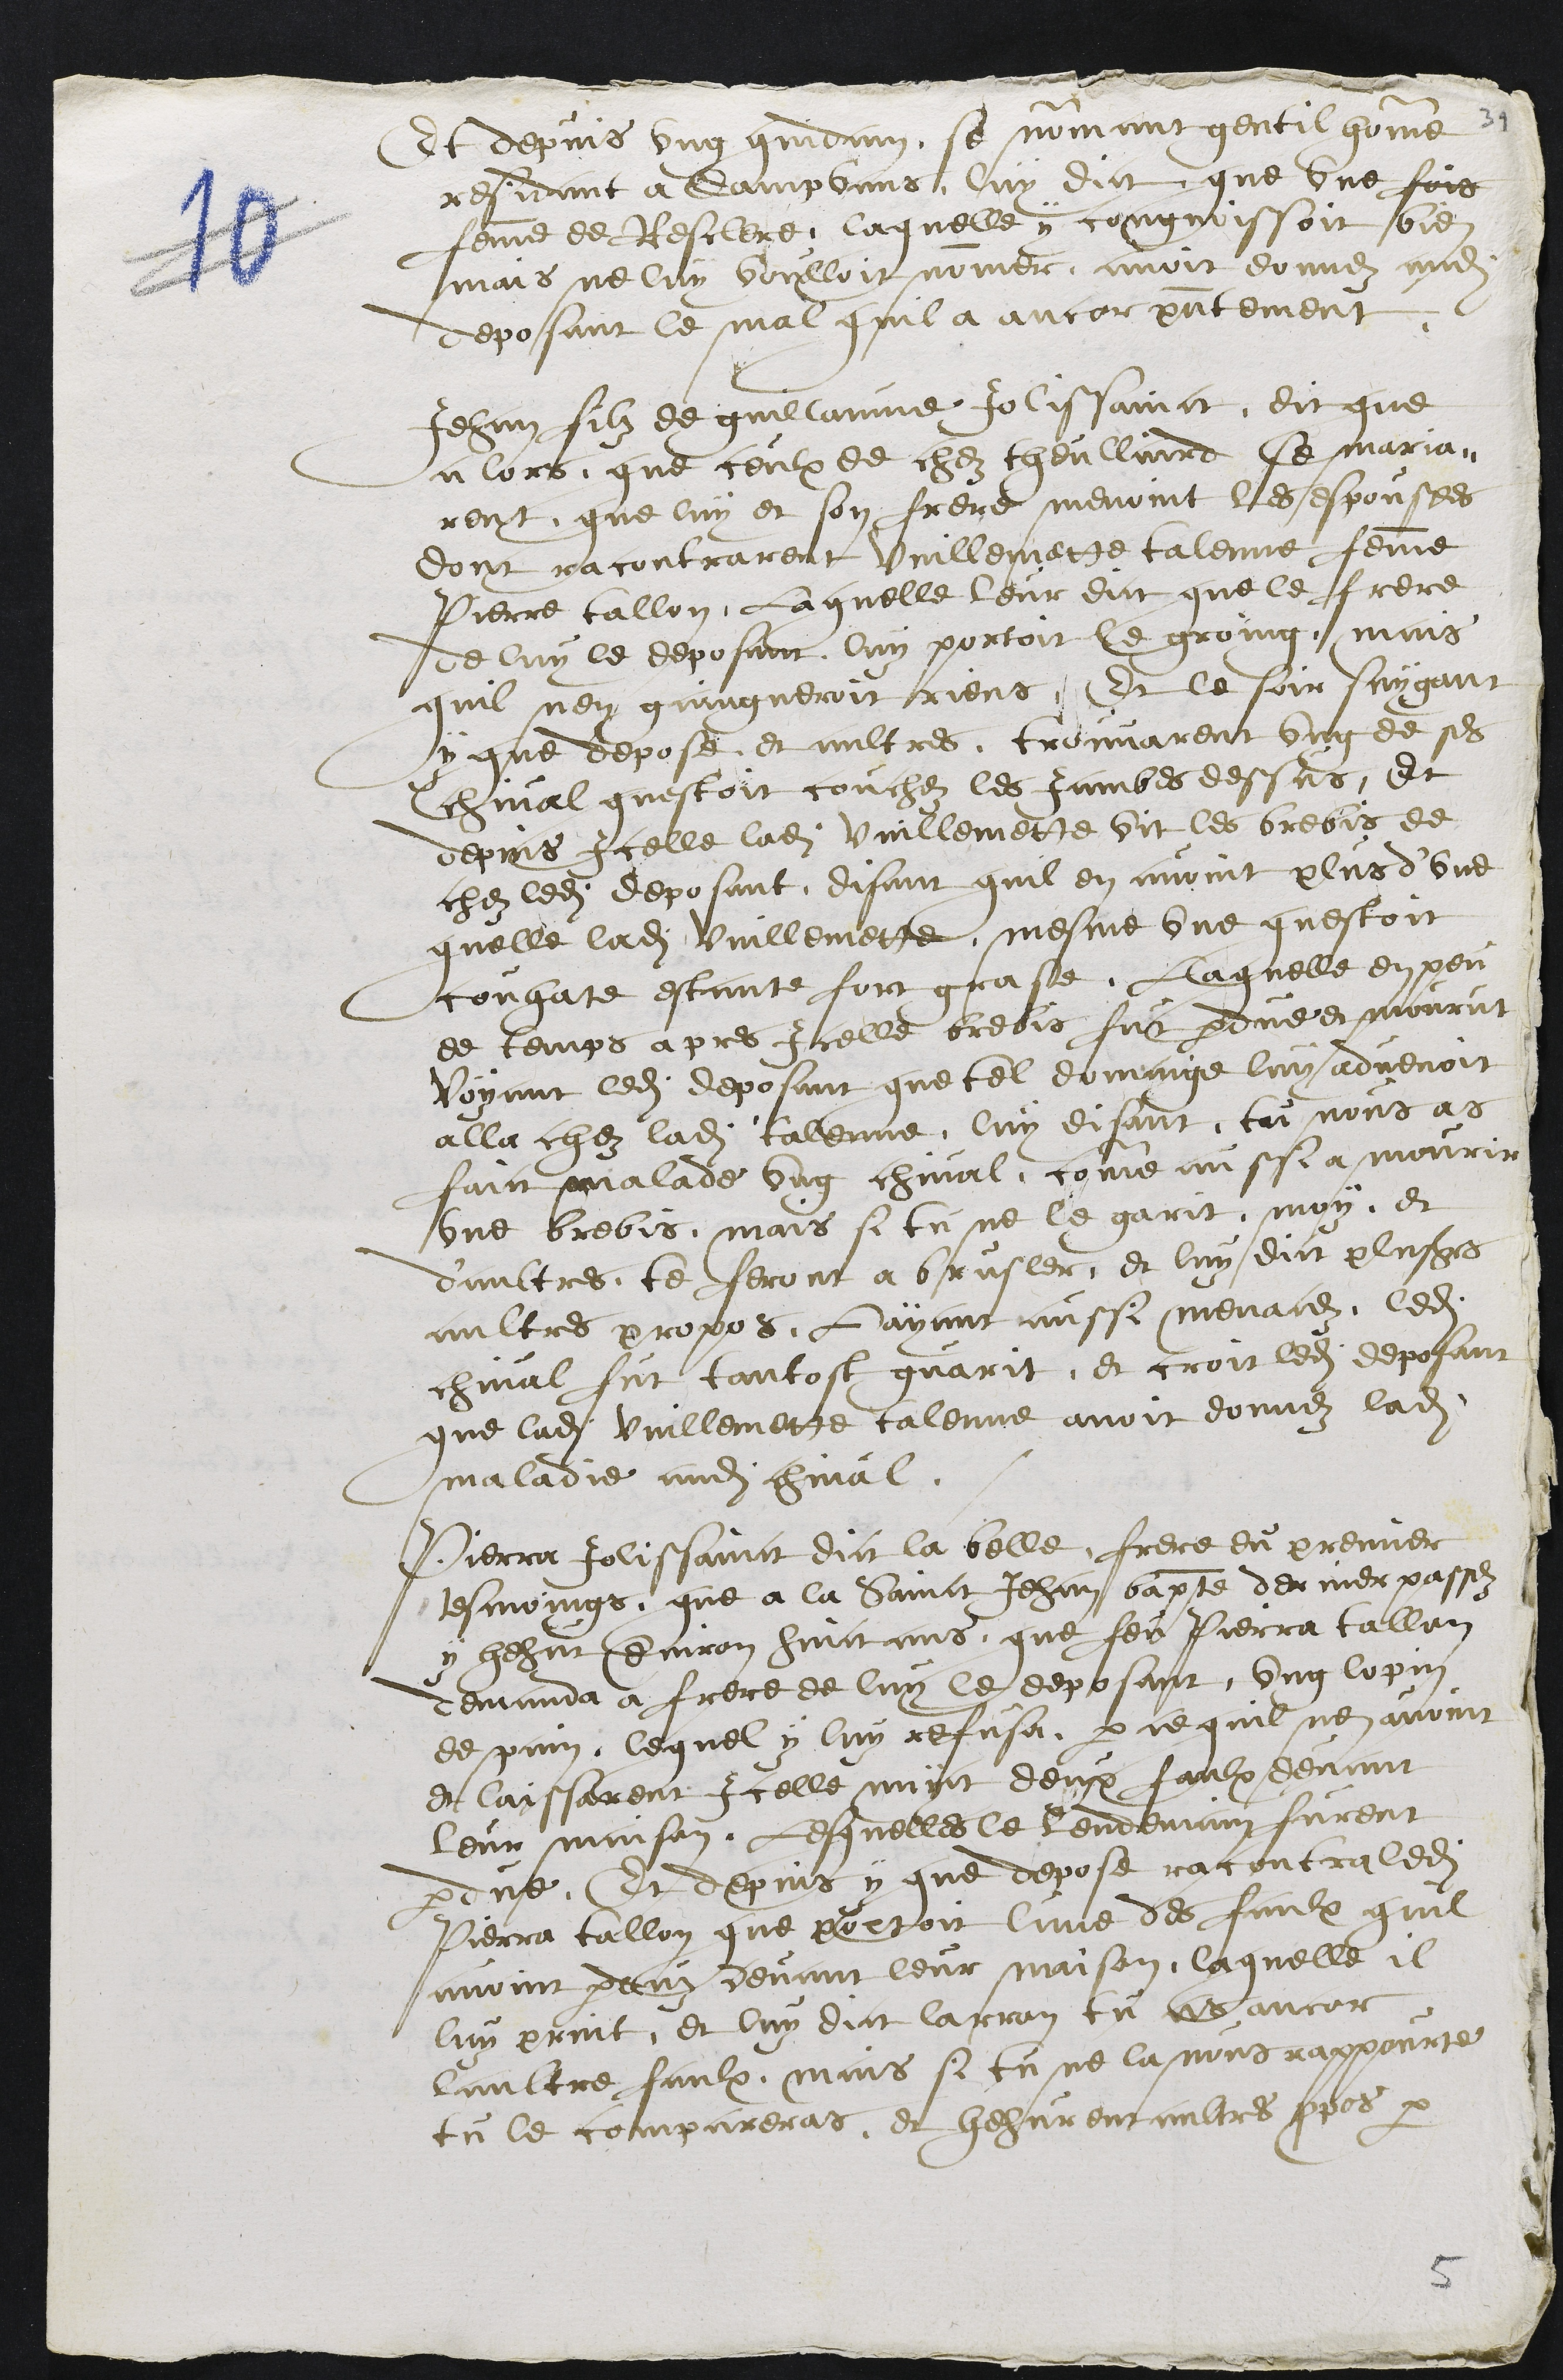
Et depuis ung quidam se nommant gentil homme
residant a Dampvans, luy dict que une fois
femme de Resclere, laquelle y congnoissoit bien
mais ne luy voulloit nommer avoir donnez audit
deposant le mal quil a ancor presentement
Jehan filz de guillaume Jolissainct, dit que
alors que ceulx de chez Theullaird se maria-
rent, que luy et son frere menoint les espousees
dont racontrarent Vuillemette talenne femme
Pierre Tallon, Laquelle leur dict que le frere
de luy le deposant luy portoit le groing mais
quil nen gaingneroit riens, Et le soir suygans
y que depose et aultres trouvarent ung de ses
chival questoit couchez les Jambes dessus, et
depuis Icelle ladite vuillemette vit les brebis de
chez ledit deposant, disant quil en avoint plus d'une
quelle ladite Vuillemette, mesme une questoit
couhate estante fort grase. Laquelle en peu
de temps apres Icelle brebis fut perdue et mourut
voyant ledit deposant que tel domaige luy advenoit
alla chez ladite talenne, luy disant, tu nous as
faict malade ung chival, comme aussi a mourir
une brebis, mais si tu ne le garit, moy, et
daultres, te feront a brusler, et luy dict plusieurs
aultres propos. Layant ainssi menacez, ledit
chival fut tantost guarit, et croit ledit deposant
que ladite Vuillemette talenne avoit donnez ladite
maladie audit chival.
Pierra Jolissainct dict la belle, frere du premier
tesmoings. que a la Sainct Jehan baptiste dernier passez
y hehut environ huict ans, que feu Pierra Tallon
demanda a frere de luy le deposant, ung lopin
de pain, lequel y luy refusa par ce quil nen avoint
et laissarent Icelle nuict deux faulx devant
leur maison, Lesquelles le lendemain furent
perdue, Et depuis y que depose racontra ledit
Pierra tallon que portoit lune des faulx quil
avoint perduz devant leur maison, laquelle il
luy print, et luy dict larron tu as ancor
laultre faulx, mais si tu ne la nous rappourte
tu le compareras, et hehurent aultres propos par